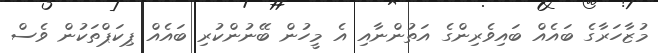
މުޒާހަރާގެ ބައެެއް ބައިވެރިންގެ އަތުންނާއި އެ މީހުން ބޭނުންކުރި ބައެއް ޕިކަޕްތަކުން ވެސް